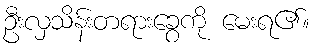
ဦးလှသိန်းတရားခွေကို မေးရ၏။